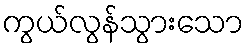
ကွယ်လွန်သွားသော